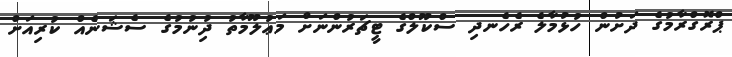
ޕްރޮގްރާމުގެ ދަށުން ހުޅުމާލެ ރެހެނދި ސްކޫލްގެ ޓީޗަރުންނަށް މަޢުލޫމާތު ދިުނުމުގެ ސެޝަނެއް ކުރިއަށް